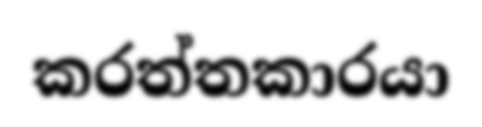
කරත්තකාරයා